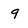
Character: 9